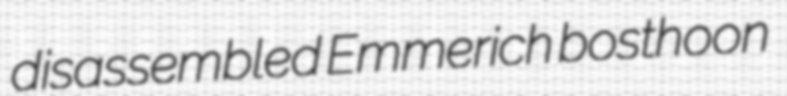
disassembled Emmerich bosthoon